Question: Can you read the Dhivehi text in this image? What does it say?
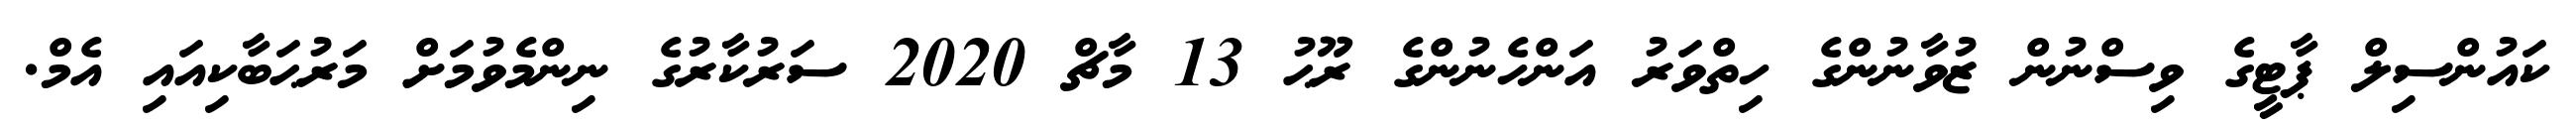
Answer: ކައުންސިލް ޕާޓީގެ ވިސްނުން ޒުވާނުންގެ ހިތްވަރު އަންހެނުންގެ ރޫޙު 13 މާޗް 2020 ސަރުކާރުގެ ނިންމެވުމަށް މަރުޙަބާކިއައި އެމް.